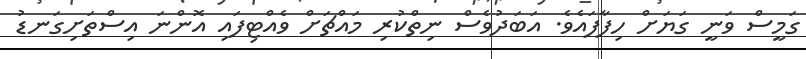
ގަމީސް ވަނީ ގަޔަށް ހިފާފައެވެ. އަބަދުވެސް ނިތްކުރި މައްޗަށް ވެއްޓިފައި އޮންނަ އިސްތަށިގަނޑު